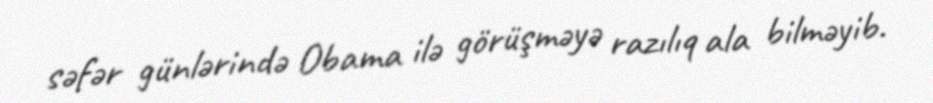
səfər günlərində Obama ilə görüşməyə razılıq ala bilməyib.